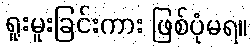
ရူးမူးခြင်းကား ဖြစ်ပုံမရ။